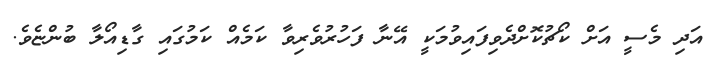
އަދި މެސީ އަށް ކޯޗުކޮށްދެވިފައިވުމަކީ އޭނާ ފަހުރުވެރިވާ ކަމެއް ކަމުގައި ގާޑިއޯލާ ބުންޏެވެ.